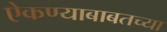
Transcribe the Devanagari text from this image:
ऐकण्याबाबतच्या